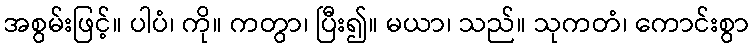
အစွမ်းဖြင့်။ ပါပံ၊ ကို။ ကတွာ၊ ပြီး၍။ မယာ၊ သည်။ သုကတံ၊ ကောင်းစွာ